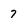
Character: 7